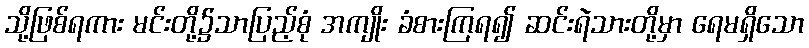
သို့ဖြစ်ရကား မင်းတို့၌သာပြည့်စုံ အကျိုး ခံစားကြရ၍ ဆင်းရဲသားတို့မှာ ရေမရှိသော